Leningradi_Edasi_toimetus, lk 64
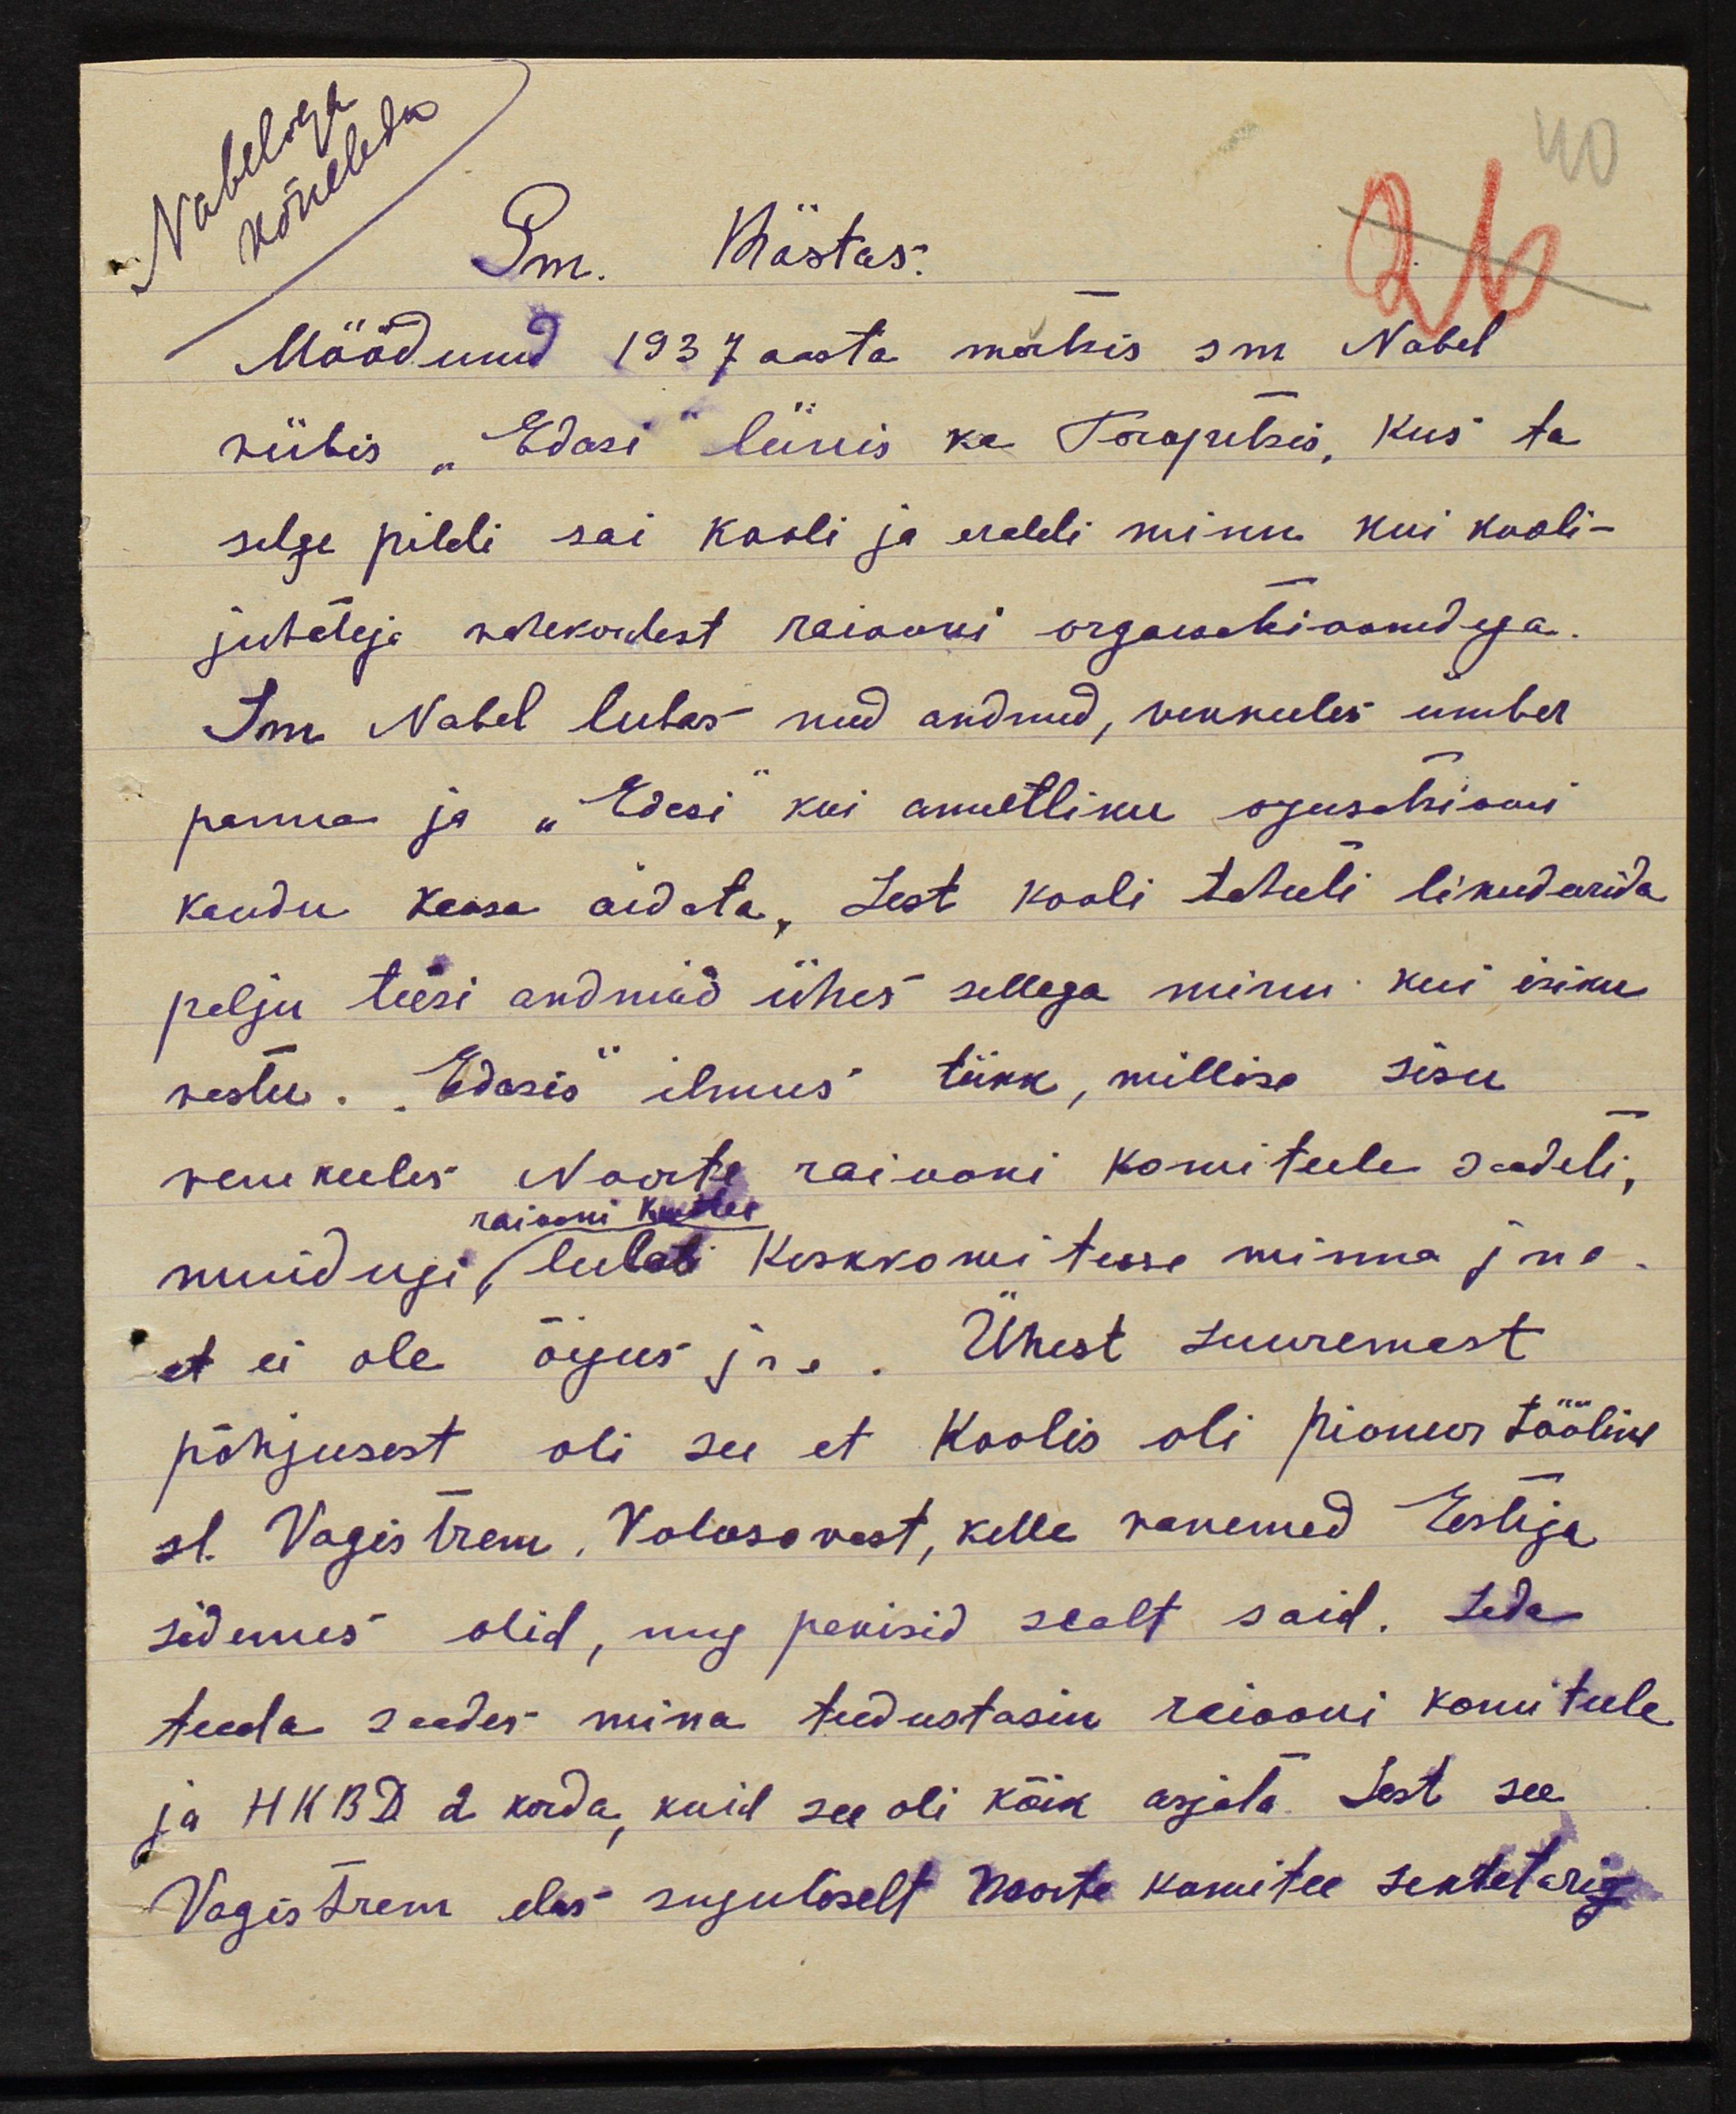
Nabeliga
kõneleda
Sm. Rästas.
Möödunud 1937 aasta martis sm Nabel
viibis "Edasi" luuis ka Torpetsis, kus ta
selge pildi sai kooli ja eraldi minu kui kooli-
juhataja vahekordest raiooni organsatsioonidega.
Ann Nabel lubas need andmed, venkeeles ümber
panna ja "Edasi kui ametliku organisatsiooni
kaudu Keosa aidata, sest kooli tahvli likvideerida
palju teisi andmad ühes sellega minu kui isiku
vastu. Edasis ilmus tükk, millise sisu
vene keeles Noorte raiooni komiteele sadeti,
raiooni kuuttes
muidugi lubati keskkomitesse minna jne.
et ei ole õigus jne. Ühest suuremast
põhjusest oli see et Koolis oli pioneer töölise
sl. Vagistrem, Volosovost, kelle vanemed Eestiga
sidemes olid, ning pakisid sealt said. Seda
teada saades mina teadustasin reiooni komiteele
ja HKBD 2 korda, kuid see oli kõik asjata. Sest see
6
Vagistrem elas suguliselt noorte komitee sekretari